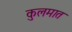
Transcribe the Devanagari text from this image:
कुलमात